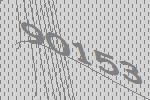
90153